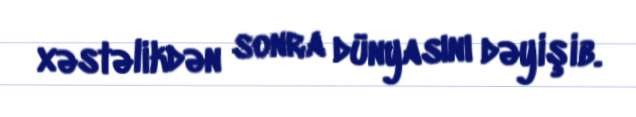
xəstəlikdən sonra dünyasını dəyişib.